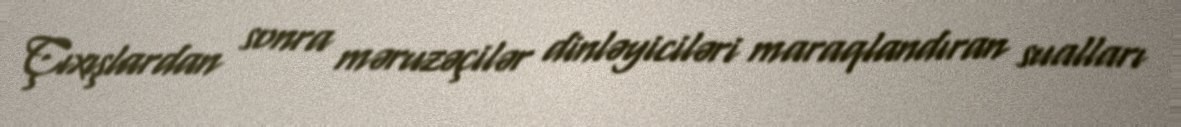
Çıxışlardan sonra məruzəçilər dinləyiciləri maraqlandıran sualları